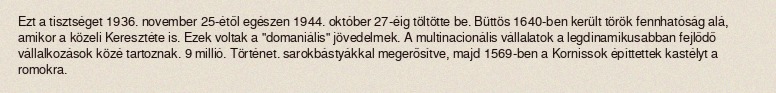
Ezt a tisztséget 1936. november 25-étől egészen 1944. október 27-éig töltötte be. Büttös 1640-ben került török fennhatóság alá, amikor a közeli Keresztéte is. Ezek voltak a "domaniális" jövedelmek. A multinacionális vállalatok a legdinamikusabban fejlődő vállalkozások közé tartoznak. 9 millió. Történet. sarokbástyákkal megerősítve, majd 1569-ben a Kornissok építtettek kastélyt a romokra.